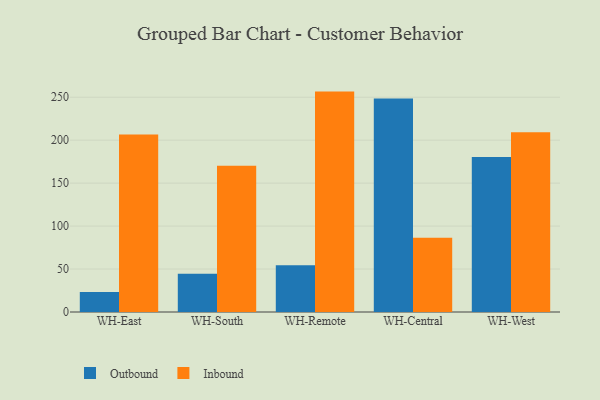
{"axis": {"x": "Warehouse", "y": "Operating Costs (USD K)"}, "legend": ["Inbound", "Outbound"], "data": [{"x": "WH-East", "y": 23.3, "type": "Outbound"}, {"x": "WH-East", "y": 206.7, "type": "Inbound"}, {"x": "WH-South", "y": 44.5, "type": "Outbound"}, {"x": "WH-South", "y": 170.1, "type": "Inbound"}, {"x": "WH-Remote", "y": 54.3, "type": "Outbound"}, {"x": "WH-Remote", "y": 256.5, "type": "Inbound"}, {"x": "WH-Central", "y": 248.6, "type": "Outbound"}, {"x": "WH-Central", "y": 86.3, "type": "Inbound"}, {"x": "WH-West", "y": 180.5, "type": "Outbound"}, {"x": "WH-West", "y": 209.2, "type": "Inbound"}]}